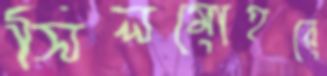
সিলমোহরে